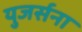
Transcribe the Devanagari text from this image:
युजर्सना